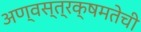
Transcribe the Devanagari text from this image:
अण्वस्त्रक्षमतेची